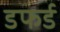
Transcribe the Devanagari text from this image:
डफर्ड